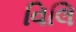
વિલિ